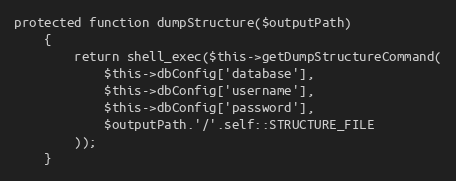
Language: PHP
protected function dumpStructure($outputPath)
    {
        return shell_exec($this->getDumpStructureCommand(
            $this->dbConfig['database'],
            $this->dbConfig['username'],
            $this->dbConfig['password'],
            $outputPath.'/'.self::STRUCTURE_FILE
        ));
    }